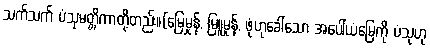
သက်သက် ပံသုမတ္တိကာတို့တည်း။(မြေမှုန့်, မြူမှုန့်, ဖုံဟုခေါ်သော အပေါ်ယံမြေကို ပံသုဟု